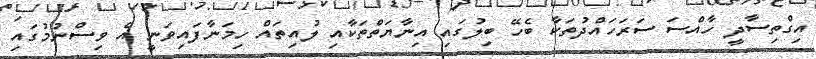
އިގްތިސާދީ ހާއްސަ ސަރަހައްދުތަކާ ބެހޭ ބިލުގައި އިނާޔަތްތަކާއި ލުއިތައް ހިމަނާފައިވަނީ އެ ވިސްނުމުގައި